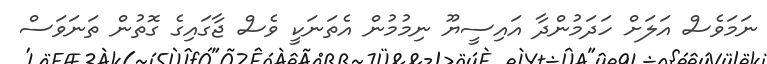
ނަމަވެސް އަލަށް ހަދަމުންދާ އައިސީޔޫ ނިމުމުން އެތަނަކީ ވެސް ޖާގައިގެ ގޮތުން ތަނަވަސް